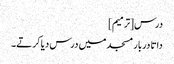
درس[ترمیم]
داتا دربار مسجد میں درس دیا کرتے۔